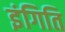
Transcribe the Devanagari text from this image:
इंगिति